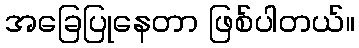
အခြေပြုနေတာ ဖြစ်ပါတယ်။